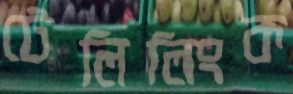
টেলিলিংক